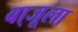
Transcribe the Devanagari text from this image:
बा्जूला